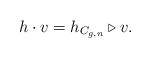
LaTeX: \begin{align*}h \cdot v = h_{C_{g,n}} \triangleright v.\end{align*}